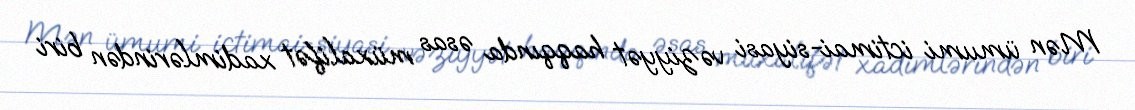
Mən ümumi ictimai-siyasi vəziyyət haqqında əsas müxalifət xadimlərindən biri